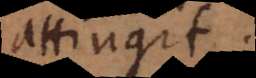
attingit.